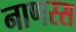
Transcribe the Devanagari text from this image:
नाणस्स